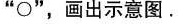
$$”\circ”$$，画出示意图。